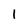
Character: I